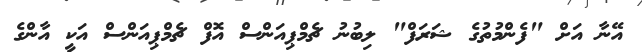
އޭނާ އަށް "ފެންމުތުގެ ޝަރަފް" ލިބުނު ޗެމްޕިއަންސް އޮފް ޗެމްޕިއަންސް އަކީ އާންގެ